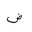
Letter: _dad